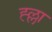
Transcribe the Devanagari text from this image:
ह्ल्ला